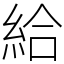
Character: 給